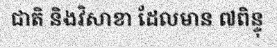
ជាតិ និងវិសាខា ដែលមាន ៧ពិន្ទុ